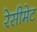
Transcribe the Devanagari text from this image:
रेसीमेट